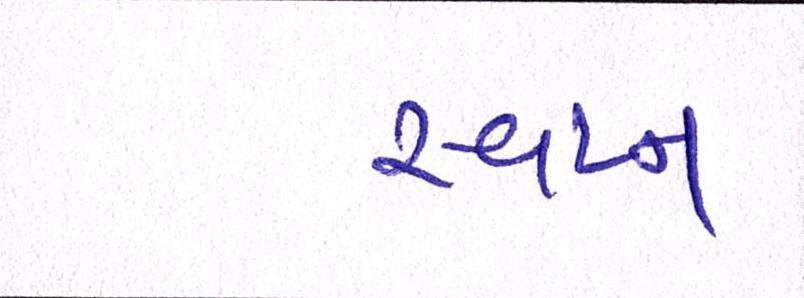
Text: સ્વપ્ન